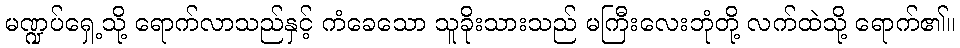
မဏ္ဍပ်ရှေ့သို့ ရောက်လာသည်နှင့် ကံခေသော သူခိုးသားသည် မကြီးလေးဘုံတို့ လက်ထဲသို့ ရောက်၏။